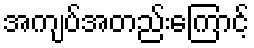
အကျပ်အတည်းကြောင့်